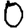
Digit: 0